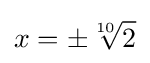
x=\pm {\sqrt[{10}]{2}}